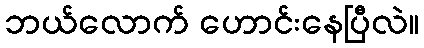
ဘယ်လောက် ဟောင်းနေပြီလဲ။